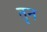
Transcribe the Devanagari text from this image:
तृन